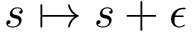
s \mapsto s + \epsilon